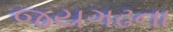
જયગઢના